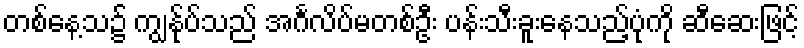
တစ်နေ့သ၌ ကျွန်ုပ်သည် အင်္ဂလိပ်မတစ်ဦး ပန်းသီးခူးနေသည့်ပုံကို ဆီဆေးဖြင့်